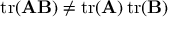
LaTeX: \operatorname { t r } ( \mathbf { A } \mathbf { B } ) \neq \operatorname { t r } ( \mathbf { A } ) \operatorname { t r } ( \mathbf { B } )